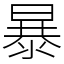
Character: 暴